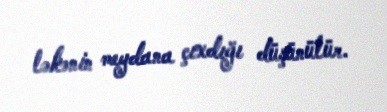
ləkənin meydana çıxdığı düşünülür.